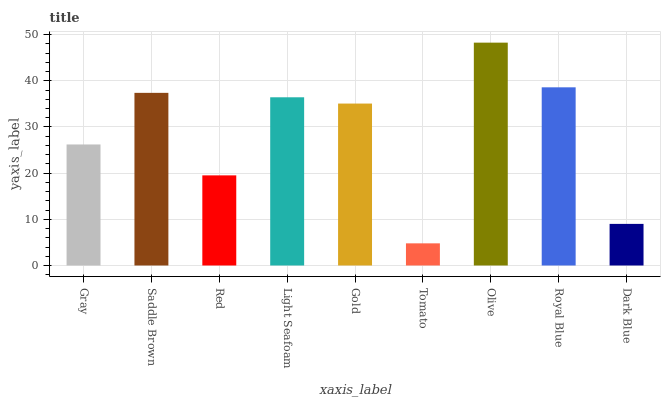
| xaxis_label | bars |
 | --- | --- |
 | Gray | 26.2 |
 | Saddle Brown | 37.4 |
 | Red | 19.5 |
 | Light Seafoam | 36.4 |
 | Gold | 35.1 |
 | Tomato | 4.8 |
 | Olive | 48.3 |
 | Royal Blue | 38.6 |
 | Dark Blue | 9.01 |